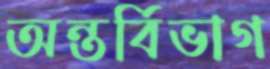
অন্তর্বিভাগ